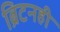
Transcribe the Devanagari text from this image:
ब्रिटनही